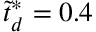
\tilde { t } _ { d } ^ { * } = 0 . 4